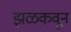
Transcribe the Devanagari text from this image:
झळकवून